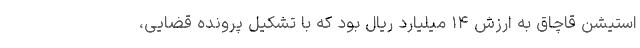
استیشن قاچاق به ارزش ۱۴ میلیارد ریال بود که با تشکیل پرونده قضایی،